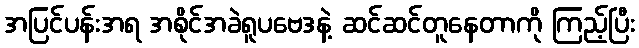
အပြင်ပန်းအရ အစိုင်အခဲရူပဗေဒနဲ့ ဆင်ဆင်တူနေတာကို ကြည့်ပြီး